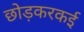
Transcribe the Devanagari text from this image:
छोड़करकई